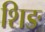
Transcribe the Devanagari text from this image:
शिङ